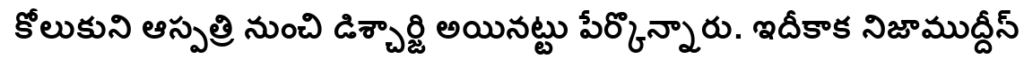
కోలుకుని ఆస్పత్రి నుంచి డిశ్చార్జి అయినట్టు పేర్కొన్నారు. ఇదీకాక నిజాముద్దీన్